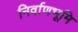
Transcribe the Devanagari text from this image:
निर्वाणभूमि